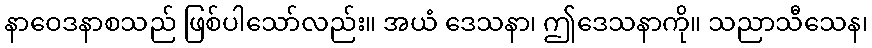
နာဝေဒနာစသည် ဖြစ်ပါသော်လည်း။ အယံ ဒေသနာ၊ ဤဒေသနာကို။ သညာသီသေန၊